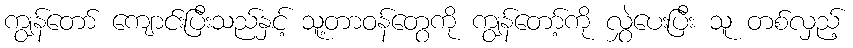
ကျွန်တော် ကျောင်းပြီးသည်နှင့် သူ့တာဝန်တွေကို ကျွန်တော့်ကို လွှဲပေးပြီး သူ တစ်လှည့်